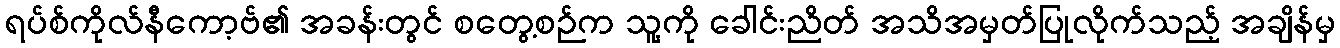
ရပ်စ်ကိုလ်နီကော့ဗ်၏ အခန်းတွင် စတွေ့စဉ်က သူ့ကို ခေါင်းညိတ် အသိအမှတ်ပြုလိုက်သည့် အချိန်မှ